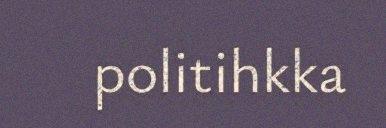
politihkka